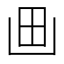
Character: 𰢵